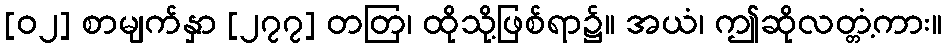
[၀၂] စာမျက်နှာ [၂၇၇] တတြ၊ ထိုသို့ဖြစ်ရာ၌။ အယံ၊ ဤဆိုလတ္တံ့ကား။